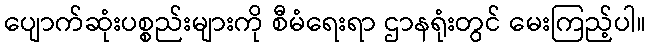
ပျောက်ဆုံးပစ္စည်းများကို စီမံရေးရာ ဌာနရုံးတွင် မေးကြည့်ပါ။